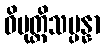
ဝိမုတ္တိသမ္ပန္နာ